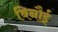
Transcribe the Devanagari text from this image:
बिनौई